Madras plague regulations in force outside the Presidency town - Volume 1
Disease focus: Plague
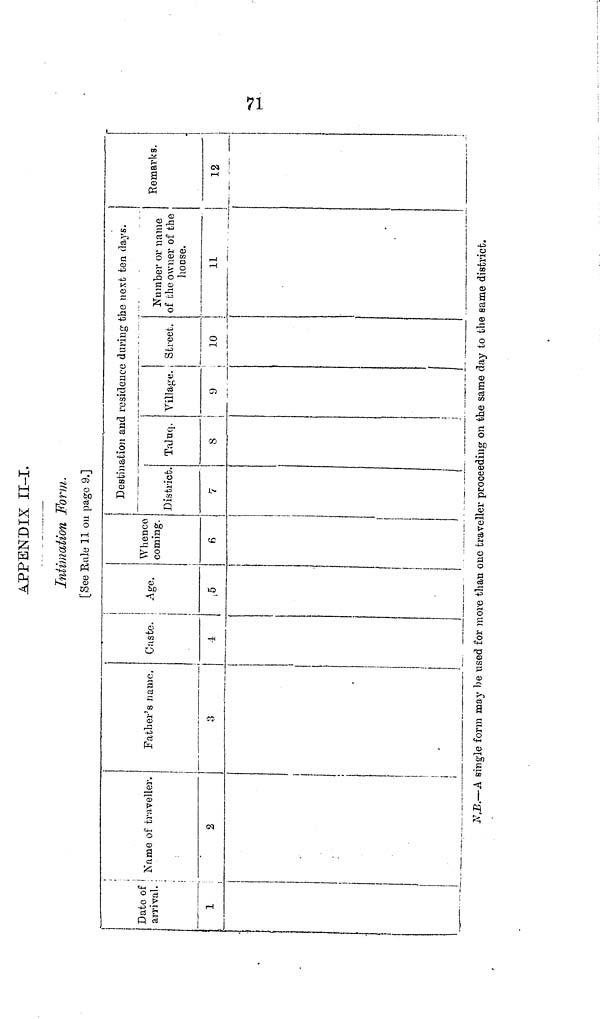
71
APPENDIX II-I.
Intimation Form.
[See Rule 11 ou page 9.]
Date of K
traveller..
arrivai. .
1
2
Father's name.
3
|
i
Caste.
Age.
i
,5
Whence
coming.
-
Destination and residence during the next ten days.
District. Talnq.
.
Village. Street.
Number or name
of che owner of the
house.
7
8
9
10
11
Remarks.
*
12
|
N.B.—A single form may he used for more than one traveller proceeding on the same day to the same district.